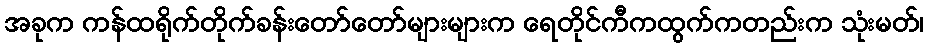
အခုက ကန်ထရိုက်တိုက်ခန်းတော်တော်များများက ရေတိုင်ကီကထွက်ကတည်းက သုံးမတ်၊